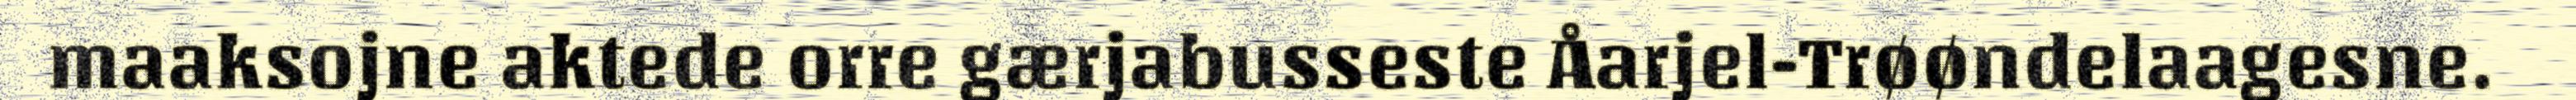
maaksojne aktede orre gærjabusseste Åarjel-Trøøndelaagesne.